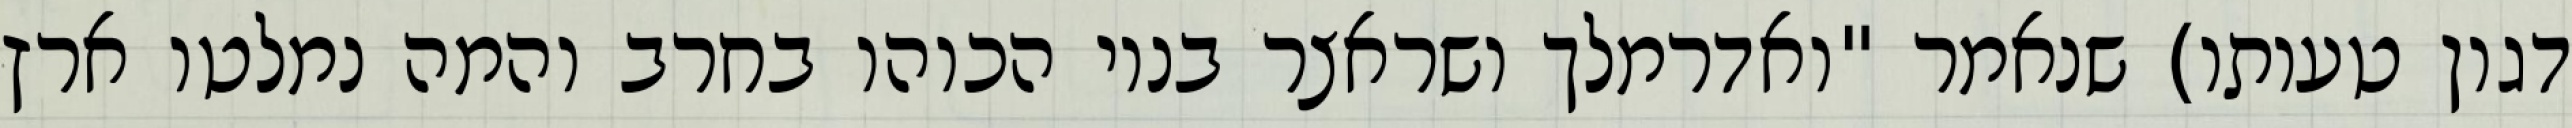
דגון טעותו) שנאמר "ואדרמלך ושראצר בניו הכוהו בחרב והמה נמלטו ארץ